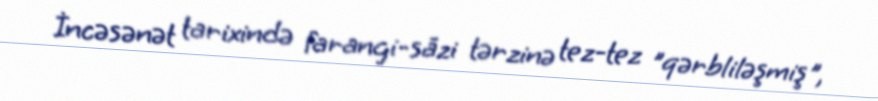
İncəsənət tarixində farangi-sāzi tərzinə tez-tez "qərbliləşmiş",